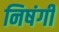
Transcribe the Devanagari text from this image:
निषंगी